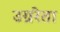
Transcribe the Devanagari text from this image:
उग्ररेता